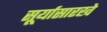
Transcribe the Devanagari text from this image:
सूर्यासारखे